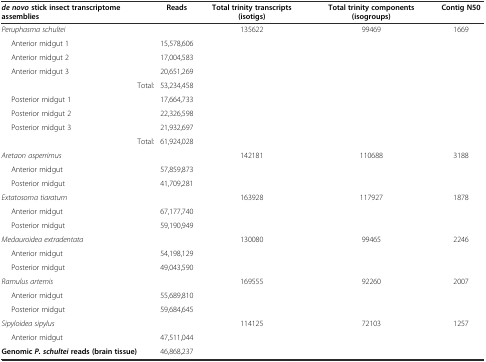
<table><thead><tr><td><b><i>de novo</i>stick insect transcriptome assemblies</b></td><td><b>Reads</b></td><td><b>Total trinity transcripts (isotigs)</b></td><td><b>Total trinity components (isogroups)</b></td><td><b>Contig N50</b></td></tr></thead><tbody><tr><td><i>Peruphasma schultei</i></td><td></td><td>135622</td><td>99469</td><td>1669</td></tr><tr><td>Anterior midgut 1</td><td>15,578,606</td><td></td><td></td><td></td></tr><tr><td>Anterior midgut 2</td><td>17,004,583</td><td></td><td></td><td></td></tr><tr><td>Anterior midgut 3</td><td>20,651,269</td><td></td><td></td><td></td></tr><tr><td>Total:</td><td>53,234,458</td><td></td><td></td><td></td></tr><tr><td>Posterior midgut 1</td><td>17,664,733</td><td></td><td></td><td></td></tr><tr><td>Posterior midgut 2</td><td>22,326,598</td><td></td><td></td><td></td></tr><tr><td>Posterior midgut 3</td><td>21,932,697</td><td></td><td></td><td></td></tr><tr><td>Total:</td><td>61,924,028</td><td></td><td></td><td></td></tr><tr><td><i>Aretaon asperrimus</i></td><td></td><td>142181</td><td>110688</td><td>3188</td></tr><tr><td>Anterior midgut</td><td>57,859,873</td><td></td><td></td><td></td></tr><tr><td>Posterior midgut</td><td>41,709,281</td><td></td><td></td><td></td></tr><tr><td><i>Extatosoma tiaratum</i></td><td></td><td>163928</td><td>117927</td><td>1878</td></tr><tr><td>Anterior midgut</td><td>67,177,740</td><td></td><td></td><td></td></tr><tr><td>Posterior midgut</td><td>59,190,949</td><td></td><td></td><td></td></tr><tr><td><i>Medauroidea extradentata</i></td><td></td><td>130080</td><td>99465</td><td>2246</td></tr><tr><td>Anterior midgut</td><td>54,198,129</td><td></td><td></td><td></td></tr><tr><td>Posterior midgut</td><td>49,043,590</td><td></td><td></td><td></td></tr><tr><td><i>Ramulus artemis</i></td><td></td><td>169555</td><td>92260</td><td>2007</td></tr><tr><td>Anterior midgut</td><td>55,689,810</td><td></td><td></td><td></td></tr><tr><td>Posterior midgut</td><td>59,684,645</td><td></td><td></td><td></td></tr><tr><td><i>Sipyloidea sipylus</i></td><td></td><td>114125</td><td>72103</td><td>1257</td></tr><tr><td>Anterior midgut</td><td>47,511,044</td><td></td><td></td><td></td></tr><tr><td><b>Genomic</b><b><i>P. schultei</i></b><b>reads (brain tissue)</b></td><td>46,868,237</td><td></td><td></td><td></td></tr></tbody></table>